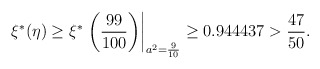
\begin{align*}\xi^* (\eta) \ge \xi^*\left.\left(\frac{99}{100}\right)\right|_{a^2 = \frac{9}{10}} \geq 0.944437 > \frac{47}{50}. \end{align*}